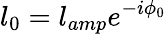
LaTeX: l_{0}=l_{amp}e^{-i\phi_{0}}